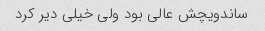
ساندویچش عالی بود ولی خیلی دیر کرد